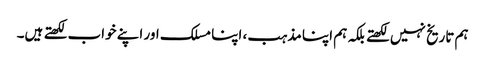
ہم تاریخ نہیں لکھتے بلکہ ہم اپنا مذہب، اپنا مسلک اور اپنے خواب لکھتے ہیں۔